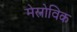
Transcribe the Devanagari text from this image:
मेस्त्रोविक